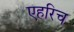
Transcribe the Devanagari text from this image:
एहरिच